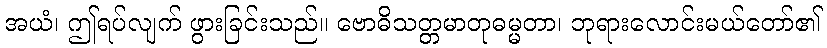
အယံ၊ ဤရပ်လျက် ဖွားခြင်းသည်။ ဗောဓိသတ္တမာတုဓမ္မတာ၊ ဘုရားလောင်းမယ်တော်၏